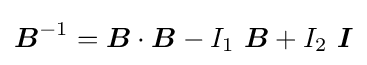
{\boldsymbol {B}}^{-1}={\boldsymbol {B}}\cdot {\boldsymbol {B}}-I_{1}~{\boldsymbol {B}}+I_{2}~{\boldsymbol {I}}